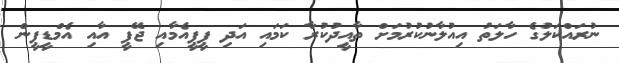
ނުރައްކަލުގެ ހާލަތު އިއުލާނުކުރުމަށް ތާއީދުކުރާ ކަމައި އަދި ޕީޕީއެމާއި ޖޭޕީ އާއި އެމްޑީީޕީން